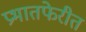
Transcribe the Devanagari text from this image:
प्रभातफेरीत